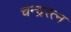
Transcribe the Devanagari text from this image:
चन्द्ररत्न